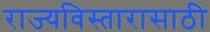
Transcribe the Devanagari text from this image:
राज्यविस्तारासाठी